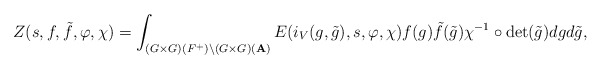
\begin{align*}Z(s, f, \tilde{f},\varphi,\chi)=\int_{(G\times G)(F^+)\backslash (G\times G)({\bf A})}E(i_V(g,\tilde{g}), s, \varphi, \chi)f(g)\tilde{f}(\tilde{g})\chi^{-1}\circ\det(\tilde{g})dg d\tilde{g},\end{align*}